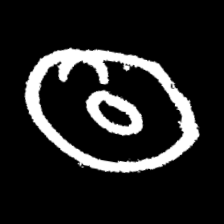
Pyu character \u2014 Myanmar letter: ထ (romanized: tha)